Vaccination in Bombay 1874-1876 - 1874-1876
Year: 1874
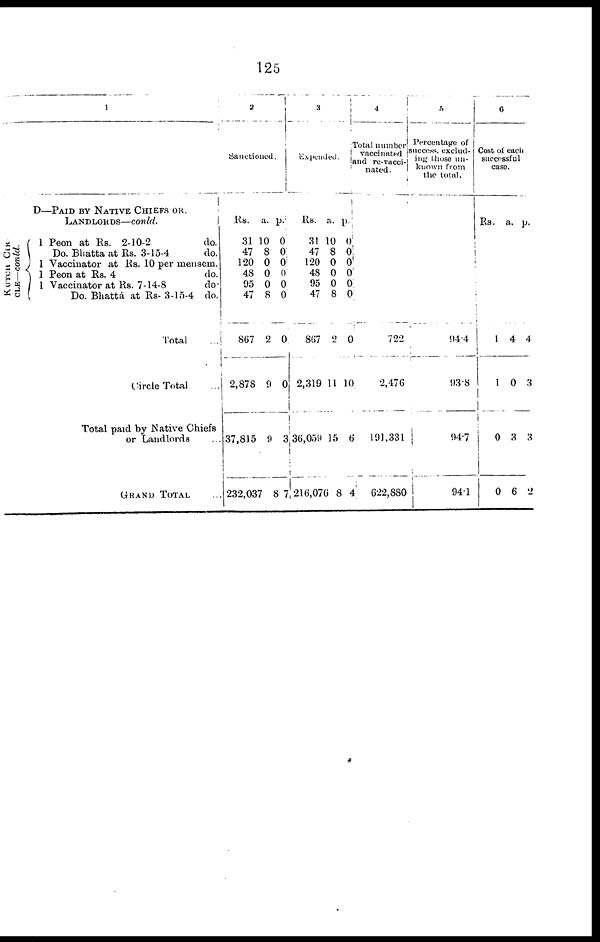
125
1
D—PAID BY NATIVE CHIEFS OR.
LANDLORDS—contd.
KUTCH CIR
CLE—contd.
1
1
1
1
Peon at Rs. 2-10-2
Do. Bhatta at Rs. 3-15-4
do.
do.
Vaccinator at Rs. 10 per mensem.
Peon at Rs. 4
Vaccinator at Rs. 7-14-8
Do. Bhattá at Rs- 3-15-4
do
do
do.
Total ...
Circle Total ...
Total paid by Native Chiefs
or Landlords
...
GRAND TOTAL ...
2
Sanctioned.
Rs.
31
47
120
48
95
47
867
2,878
37,815
232,037
a.
10
8
0
0
0
8
2
9
9
8
p.
0
0
0
0
0
0
0
0
3
7
3
Expended.
Rs.
31
47
120
48
95
47
867
2,319
36,059
216,076
a.
10
8
0
0
0
8
2
11
15
8
p.
0
0 0
0
0
0
0
10
6
4
4
Total number
vaccinated
and re-vacci-
nated .
722
2,476
191,331
622,880
5
Percentage of
success, exclud-
ing those un-
known from
the total.
94.4
93.8
94.7
94.1
6
Cost of each
successful
case.
Rs.
1
1
0
0
a.
4
0
3
6
p.
4
3
3
2